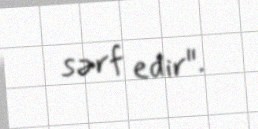
sərf edir".